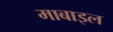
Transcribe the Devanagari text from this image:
माबाइल